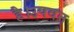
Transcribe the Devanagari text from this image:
है।उपवन